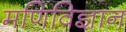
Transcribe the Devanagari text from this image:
मणिविज्ञान